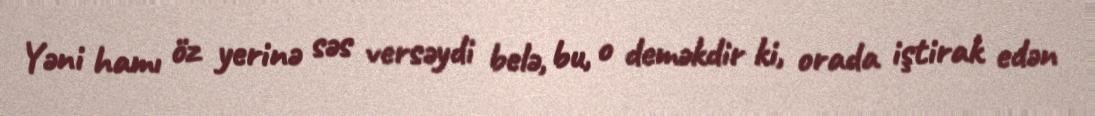
Yəni hamı öz yerinə səs versəydi belə, bu, o deməkdir ki, orada iştirak edən